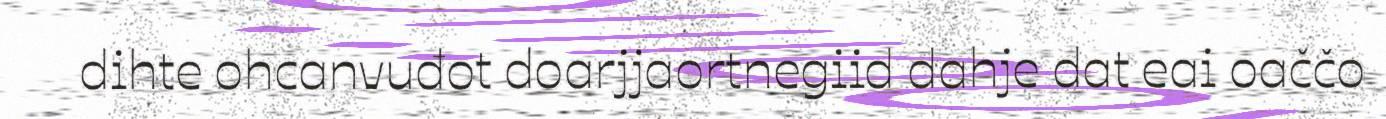
dihte ohcanvuđot doarjjaortnegiid dahje dat eai oaččo